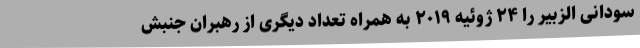
سودانی الزبیر را ۲۴ ژوئیه ۲۰۱۹ به همراه تعداد دیگری از رهبران جنبش